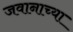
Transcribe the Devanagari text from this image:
जवानाच्या